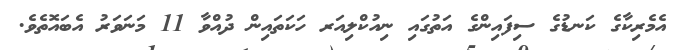
އެމެރިކާގެ ކަނޑުގެ ސިފައިންގެ އަތުގައި ނިއުކްލިއަރ ހަކަތައިން ދުއްވާ 11 މަނަވަރު އެބައޮތެވެ.